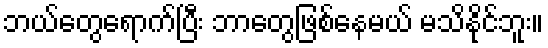
ဘယ်တွေရောက်ပြီး ဘာတွေဖြစ်နေမယ် မသိနိုင်ဘူး။